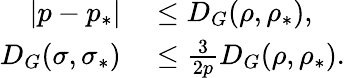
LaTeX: \begin{array}{rl}{\left\vert p-p_{\ast}\right\vert}&{{}\leq D_{G}(\rho,\rho_{\ast}),}\\ {D_{G}(\sigma,\sigma_{\ast})}&{{}\leq\frac{3}{2p}D_{G}(\rho,\rho_{\ast}).}\end{array}